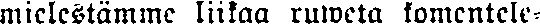
mielestämme liikaa ruweta komentele-